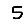
Digit: 5